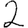
Digit: 2